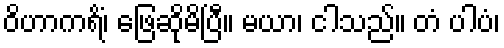
ဝိဟာကရိံ၊ ဖြေဆိုမိပြီ။ မယာ၊ ငါသည်။ တံ ပါပံ၊